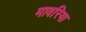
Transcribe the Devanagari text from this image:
मावरिया